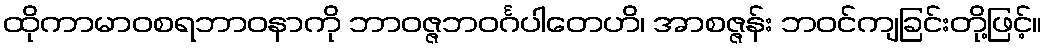
ထိုကာမာဝစရဘာဝနာကို ဘာဝဇ္ဇဘဝင်္ဂပါတေဟိ၊ အာစဇ္ဇန်း ဘဝင်ကျခြင်းတို့ဖြင့်။